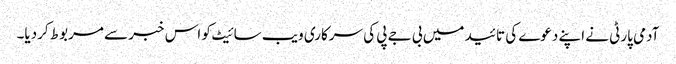
آدمی پارٹی نے اپنے دعوے کی تائید میں بی جے پی کی سرکاری ویب سائیٹ کو اس خبر سے مربوط کردیا۔